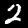
Digit: 2